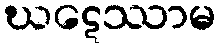
ဃဋေဿာမ